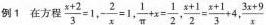
例1 在方程 $$\frac{x+2}{3}=1$$,$$- \frac{2}{x}=1$$,$$\frac{1}{\pi}+x= \frac{1}{2}$$ , $$\frac{x+1}{2}= \frac{x+1}{3}+4$$, \frac{3x+9}{x}